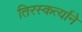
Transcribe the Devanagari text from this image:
तिरस्कर्त्याने